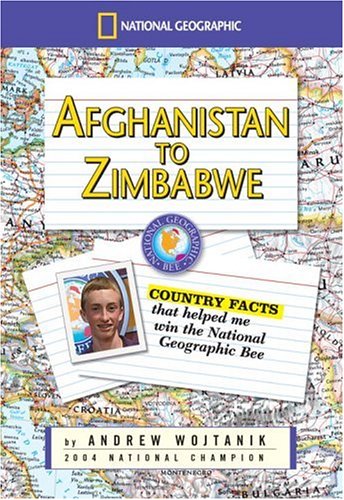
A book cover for Afghanistan to Zimbabwe: Country Facts That Helped Me Win the National Geographic Bee; Andrew Wojtanik; Reference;